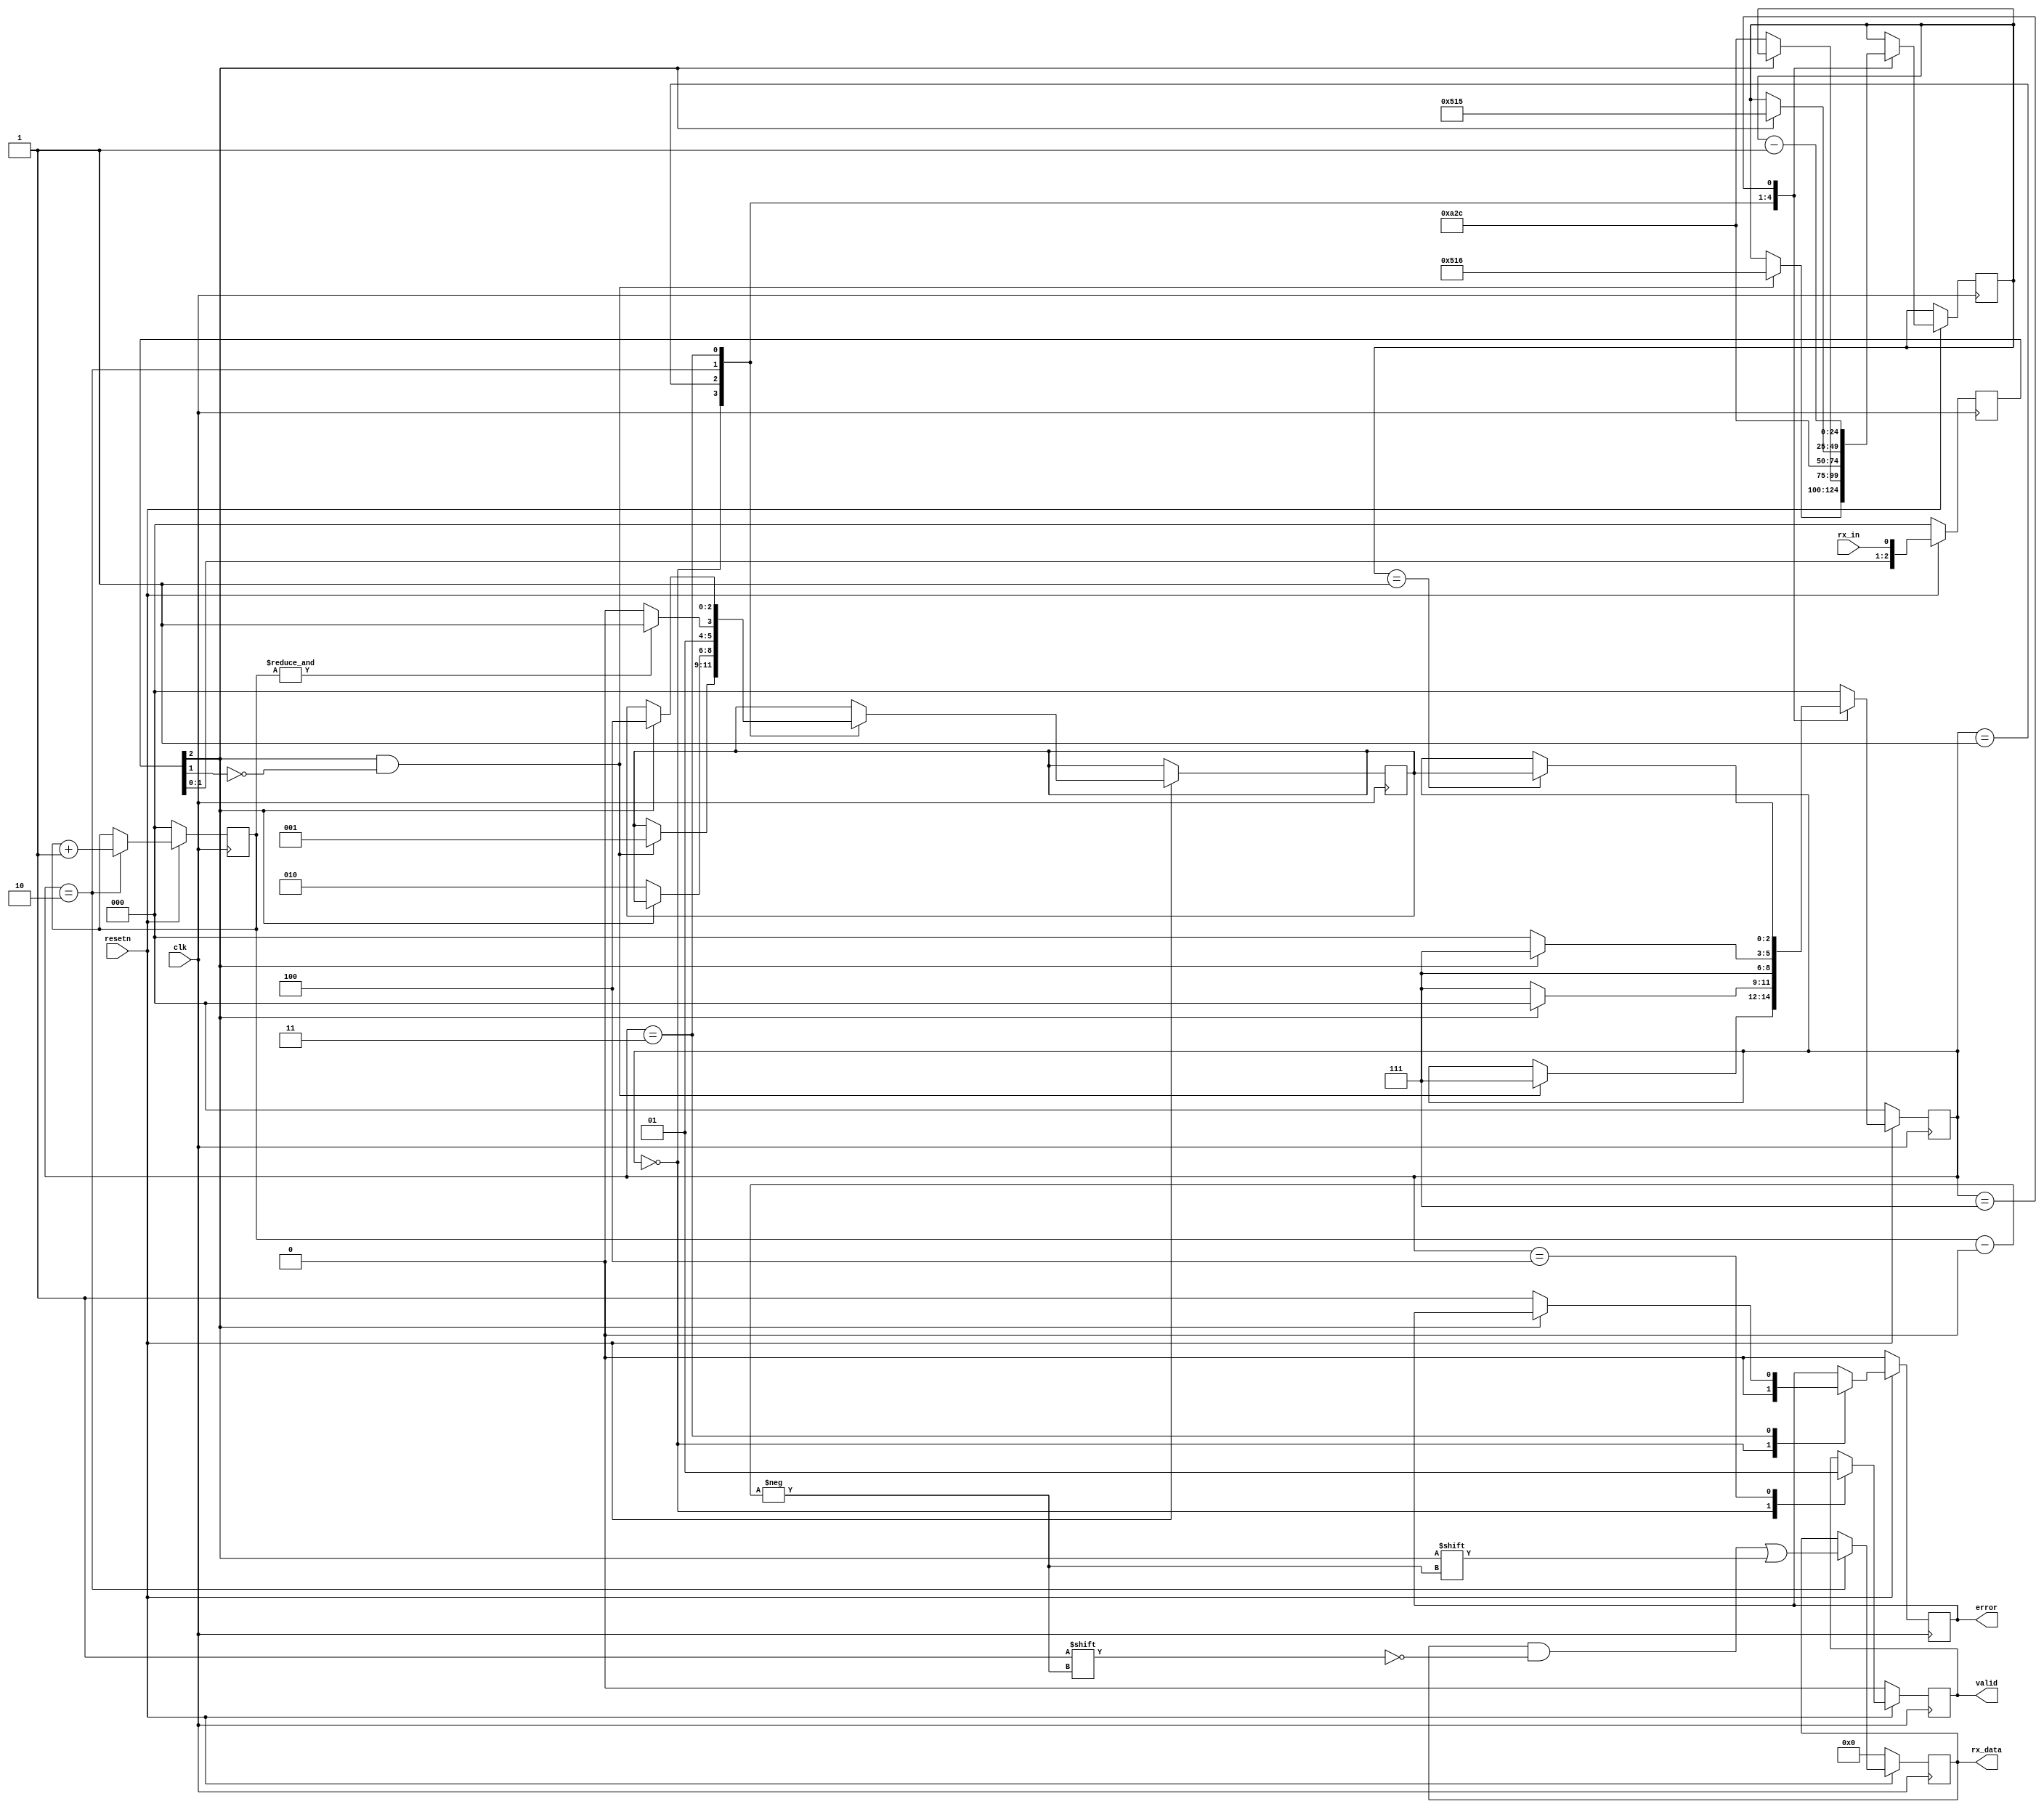
/*
 *  my_rx_uart - a simple rx uart
 *
 *  copyright (c) 2021  hirosh dabui <hirosh@dabui.de>
 *
 *  permission to use, copy, modify, and/or distribute this software for any
 *  purpose with or without fee is hereby granted, provided that the above
 *  copyright notice and this permission notice appear in all copies.
 *
 *  the software is provided "as is" and the author disclaims all warranties
 *  with regard to this software including all implied warranties of
 *  merchantability and fitness. in no event shall the author be liable for
 *  any special, direct, indirect, or consequential damages or any damages
 *  whatsoever resulting from loss of use, data or profits, whether in an
 *  action of contract, negligence or other tortious action, arising out of
 *  or in connection with the use or performance of this software.
 *
 */
`timescale 1ns/1ps
`default_nettype none
module my_rx_uart(
           input clk,
           input resetn,
           input rx_in,
           output reg error,
           output reg valid,
           output reg [7:0] rx_data
       );

parameter SYSTEM_CLK_MHZ = 25;
parameter BAUDRATE = 9600;
localparam SYSTEM_CYCLES = $rtoi(SYSTEM_CLK_MHZ*$pow(10,6));
localparam WAITSTATES_BIT_WIDTH = $clog2(SYSTEM_CYCLES);
localparam [WAITSTATES_BIT_WIDTH-1:0] CYCLES_PER_SYMBOL = /*(WAITSTATES_BIT_WIDTH)'*/($rtoi(SYSTEM_CYCLES/BAUDRATE));
localparam [WAITSTATES_BIT_WIDTH-1:0] HALF_CYCLES_PER_SYMBOL = CYCLES_PER_SYMBOL>>1;

initial begin
    $display("SYSTEM_CLK_MHZ:\t\t", SYSTEM_CLK_MHZ);
    $display("SYSTEM_CYCLES:\t\t", SYSTEM_CYCLES);
    $display("BAUDRATE:\t\t", BAUDRATE);
    $display("CYCLES_PER_SYMBOL:\t", CYCLES_PER_SYMBOL);
    $display("WAITSTATES_BIT_WIDTH:\t", WAITSTATES_BIT_WIDTH);
end

reg [2:0] state;
reg [2:0] return_state;
reg [2:0] bit_idx;

reg [WAITSTATES_BIT_WIDTH-1:0] wait_states;

reg [2:0] rx_in_sync;
always @(posedge clk) begin
    if (~resetn) begin
        rx_in_sync <= 0;
    end else begin
        rx_in_sync <= {rx_in_sync[1:0], rx_in};
    end
end

wire start_bit_detected = rx_in_sync[2] & ~rx_in_sync[1]; /* 10 */

always @(posedge clk) begin

    if (~resetn) begin
        state <= 0;
        valid <= 1'b0;
        error <= 1'b0;

        bit_idx <= 0;
        rx_data <= 0;
    end else begin

        case (state)

            0: begin /* idle */
                valid <= 1'b0;
                error <= 1'b0;
                if (start_bit_detected) begin /* high to low */
                    wait_states <= HALF_CYCLES_PER_SYMBOL;
                    return_state <= 1;
                    state <= 7;
                end
            end

            1: begin
                if (~rx_in_sync[2]) begin // still low?
                    wait_states <= CYCLES_PER_SYMBOL;
                    return_state <= 2;
                    state <= 7;
                end else begin
                    state <= 0; // idle
                end
            end

            2: begin
                rx_data[bit_idx] <= rx_in_sync[2]; /* lsb first */
                bit_idx <= bit_idx + 1;

                wait_states <= CYCLES_PER_SYMBOL;
                return_state <= &bit_idx ? 3 : 2;
                state <= 7;
            end

            3: begin
                if (~rx_in_sync[2]) begin // stop bit must high
                    error <= 1'b1;
                    state <= 0;
                end else begin
                    wait_states <= HALF_CYCLES_PER_SYMBOL -1;
                    return_state <= 4;
                    state <= 7;
                end
            end

            4: begin
                valid <= 1'b1;
                state <= 0;
            end

            7: begin /* wait states */
                wait_states <= wait_states -1;
                if (wait_states == 1) begin
                    state <= return_state;
                end
            end

            default: begin
                state <= 0;
            end

        endcase

    end
end /* !reset */

endmodule